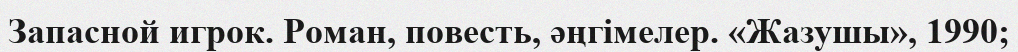
Запасной игрок. Роман, повесть, әңгімелер. «Жазушы», 1990;